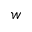
w